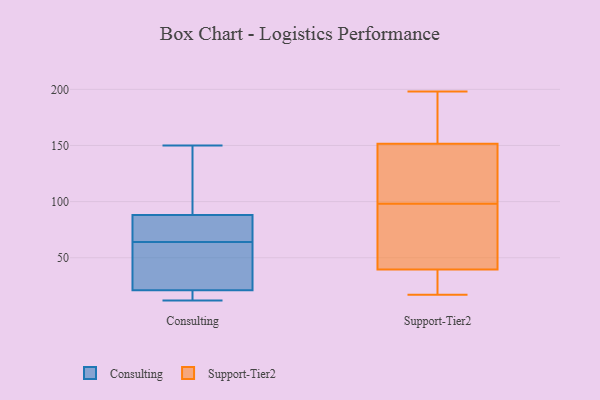
{"axis": {"x": "Budget (USD K)", "y": "Value"}, "legend": ["Consulting", "Support-Tier2"], "data": [{"x": "", "y": 40, "type": "Consulting"}, {"x": "", "y": 68, "type": "Consulting"}, {"x": "", "y": 20, "type": "Consulting"}, {"x": "", "y": 126, "type": "Consulting"}, {"x": "", "y": 19, "type": "Consulting"}, {"x": "", "y": 79, "type": "Consulting"}, {"x": "", "y": 24, "type": "Consulting"}, {"x": "", "y": 64, "type": "Consulting"}, {"x": "", "y": 12, "type": "Consulting"}, {"x": "", "y": 91, "type": "Consulting"}, {"x": "", "y": 150, "type": "Consulting"}, {"x": "", "y": 198, "type": "Support-Tier2"}, {"x": "", "y": 17, "type": "Support-Tier2"}, {"x": "", "y": 62, "type": "Support-Tier2"}, {"x": "", "y": 138, "type": "Support-Tier2"}, {"x": "", "y": 130, "type": "Support-Tier2"}, {"x": "", "y": 21, "type": "Support-Tier2"}, {"x": "", "y": 34, "type": "Support-Tier2"}, {"x": "", "y": 56, "type": "Support-Tier2"}, {"x": "", "y": 192, "type": "Support-Tier2"}, {"x": "", "y": 98, "type": "Support-Tier2"}, {"x": "", "y": 156, "type": "Support-Tier2"}]}